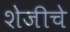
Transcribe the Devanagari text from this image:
शेजीचे